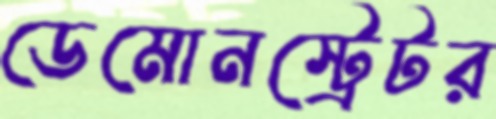
ডেমোনস্ট্রেটর